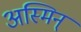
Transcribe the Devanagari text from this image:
अस्मिन्‌